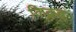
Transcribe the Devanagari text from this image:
किक्ड